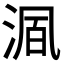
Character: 𬇺